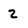
Character: 2